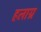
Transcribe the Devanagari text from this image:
हलाग्र